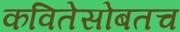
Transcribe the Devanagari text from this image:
कवितेसोबतच